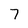
Character: 7